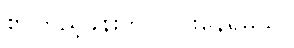
စာကြည့်ခန်းက လင်းနေရမယ်။